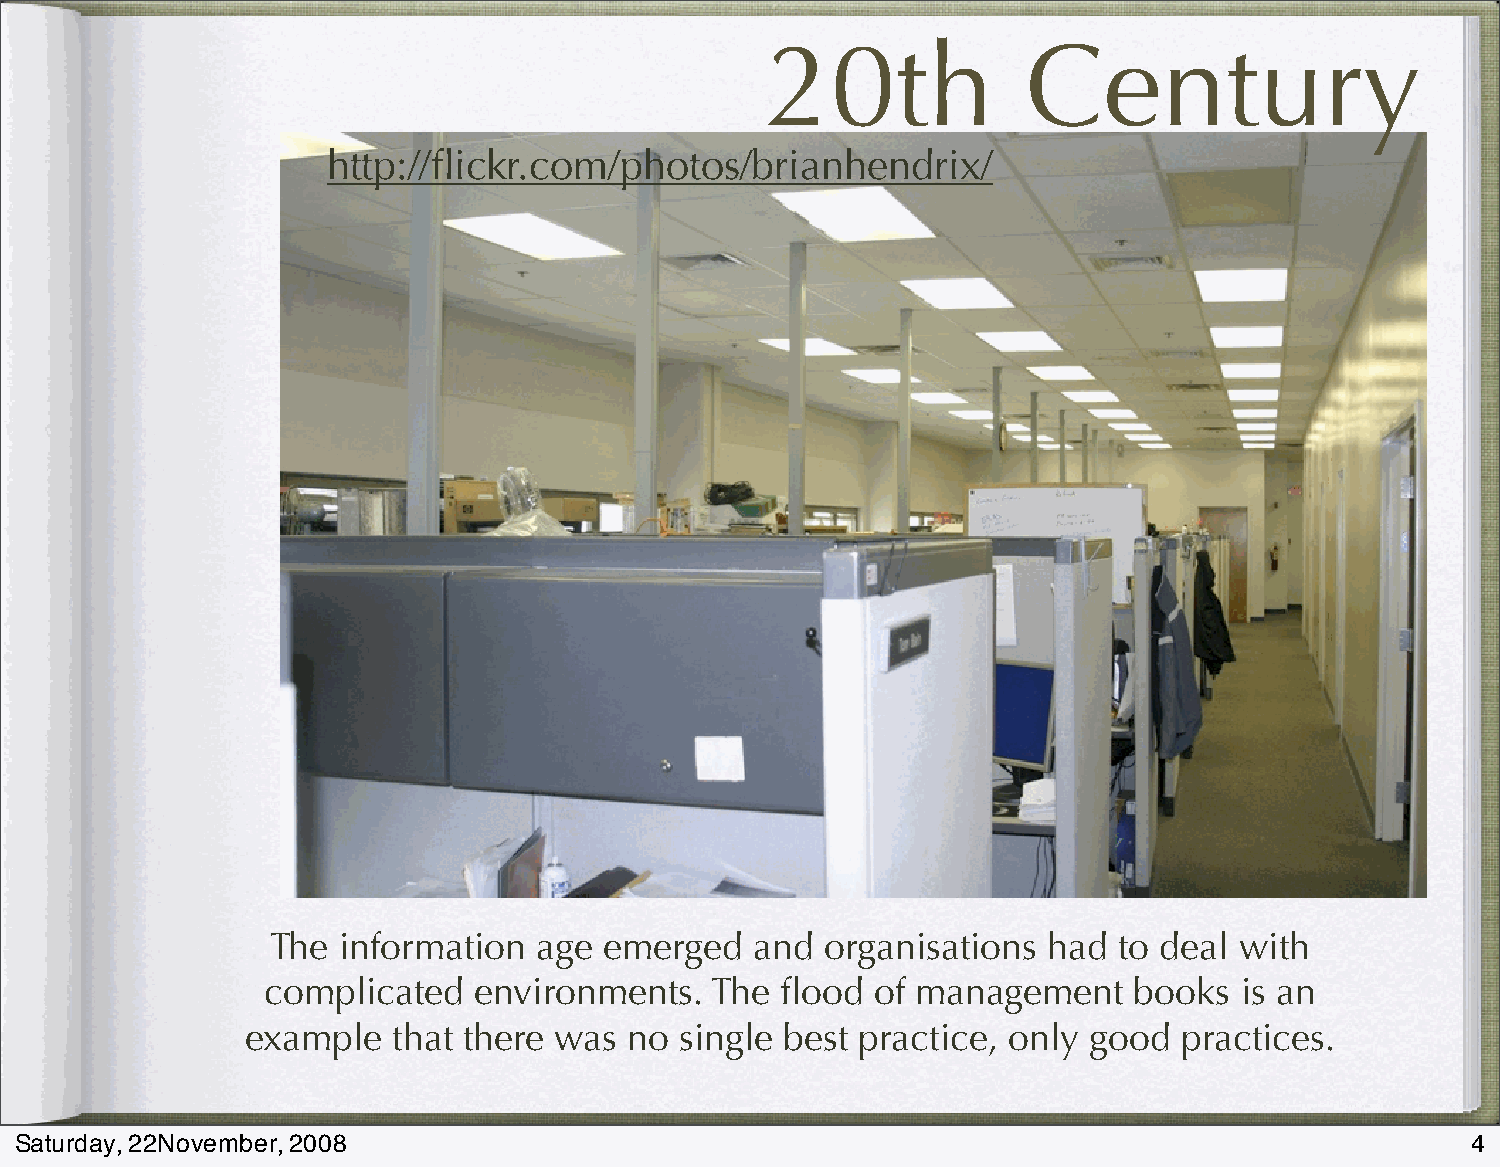
20th             Century
 http://flickr.com/photos/brianhendrix/
 The information   age emerged   and  organisations had  to deal with
 complicated   environments.   The  flood of management    books  is an
 example   that there was  no single best practice, only good  practices.
 Saturday, 22November, 2008                                                                      4